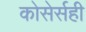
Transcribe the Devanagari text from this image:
कोसेर्सही